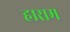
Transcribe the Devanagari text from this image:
हाराम